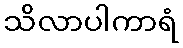
သိလာပါကာရံ